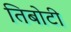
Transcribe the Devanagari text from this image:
तिबोटी